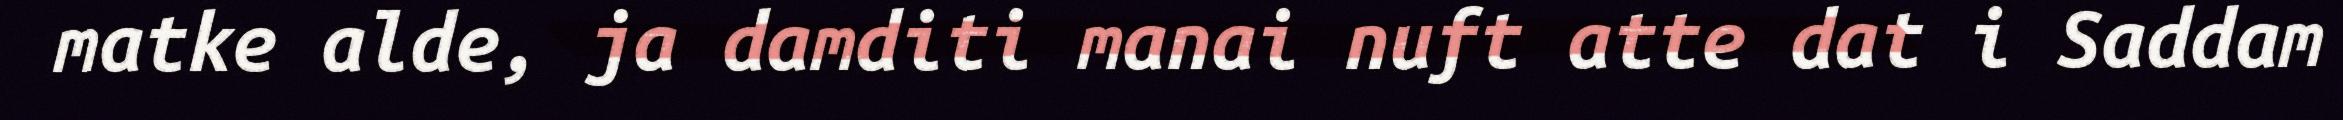
matke alde, ja damditi manai nuft atte dat i Saddam